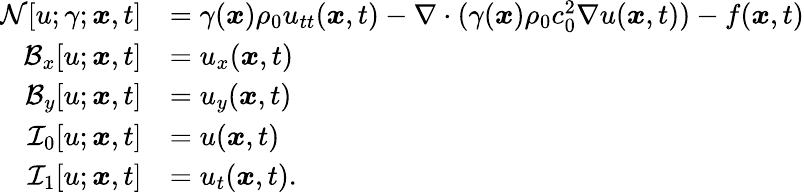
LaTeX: \begin{array}{rl}{\mathcal{N}[u;\gamma;\boldsymbol{x},t]}&{=\gamma(\boldsymbol{x})\rho_{0}u_{tt}(\boldsymbol{x},t)-\nabla\cdot(\gamma(\boldsymbol{x})\rho_{0}c_{0}^{2}\nabla u(\boldsymbol{x},t))-f(\boldsymbol{x},t)}\\ {\mathcal{B}_{x}[u;\boldsymbol{x},t]}&{=u_{x}(\boldsymbol{x},t)}\\ {\mathcal{B}_{y}[u;\boldsymbol{x},t]}&{=u_{y}(\boldsymbol{x},t)}\\ {\mathcal{I}_{0}[u;\boldsymbol{x},t]}&{=u(\boldsymbol{x},t)}\\ {\mathcal{I}_{1}[u;\boldsymbol{x},t]}&{=u_{t}(\boldsymbol{x},t).}\end{array}